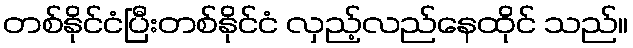
တစ်နိုင်ငံပြီးတစ်နိုင်ငံ လှည့်လည်နေထိုင် သည်။